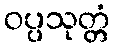
ဝပ္ပသုတ္တံ